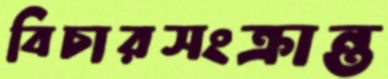
বিচারসংক্রান্ত